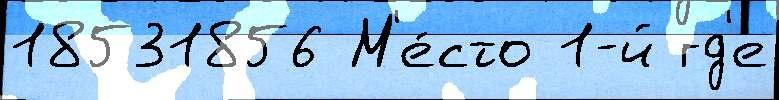
18531856 М'е́сто 1-й гд'е